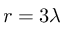
r = 3 \lambda